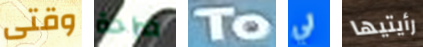
وقتى صراحة To لي رأيتيها